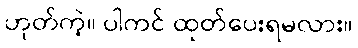
ဟုတ်ကဲ့။ ပါကင် ထုတ်ပေးရမလား။